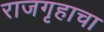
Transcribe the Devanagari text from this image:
राजगृहाचा